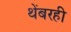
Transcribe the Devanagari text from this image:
थेंबरही